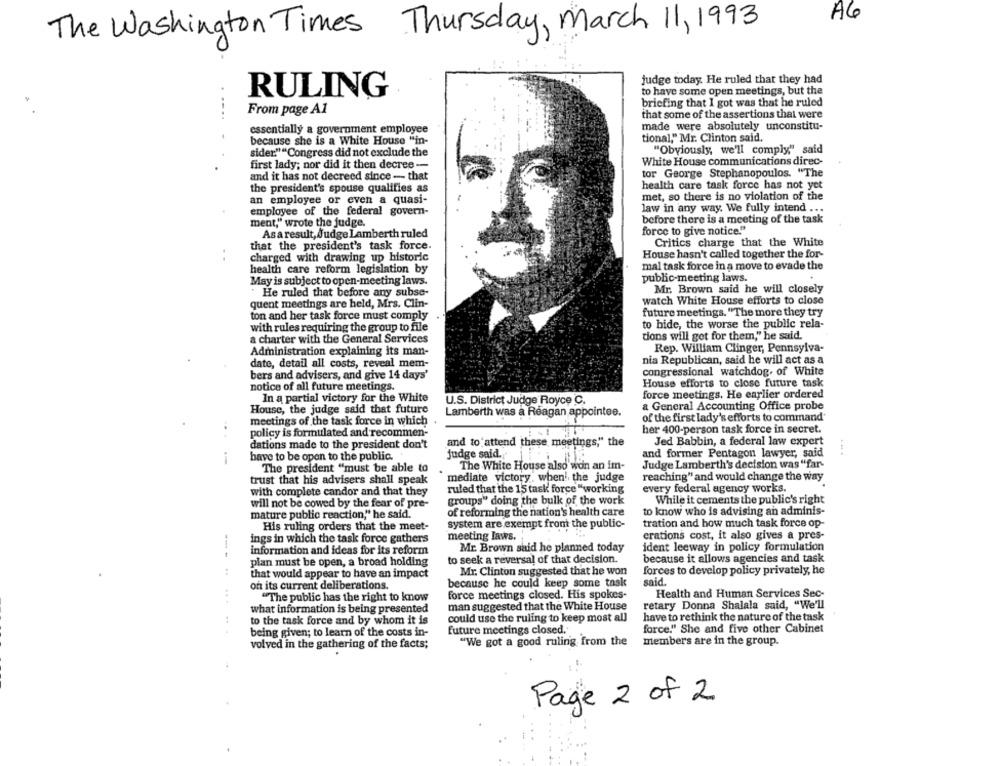
A6
The Washington Times Thursday, March 11, 1993
judge today. He ruled that they had
RULING
to have some open meetings, but the
briefing that I got was that he ruled
--..
From page A1
that some of the assertions that were
essentially a government employee
made were absolutely unconstitu-
tional," Mr. Clinton said.
because she is a White House "in-
sider.""Congress did not exclude the
"Obviously, we'll comply" said
White House communications direc-
first lady; nor did it then decree-
and it has not decreed since -- that
tor George Stephanopoulos. "The
health care task force has not yet
the president's spouse qualifies as
an employee or even a quasi-
met, so there is no violation of the
law in any way. We fully intend ...
employee of the federal govern-
ment," wrote the judge.
before there is a meeting of the task
force to give notice."
As aresult, Judge Lamberth ruled
that the president's task force.
Critics charge that the White
House hasn't called together the for-
charged with drawing up historic
health care reform legislation by
mal task force in a move to evade the
May is subject to open-meeting laws.
public-meeting laws.
Mr. Brown said he will closely
He ruled that before any subse-
quent meetings are held, Mrs. Clin-
watch White House efforts to close
future meetings. "The more they try
ton and her task force must comply
with rules requiring the group to file
to hide, the worse the public rela-
tions will get for them," he said.
a charter with the General Services
Administration explaining its man-
Rep. William Clinger, Pennsylva-
nia Republican, said he will act as a
date, detail all costs, reveal mem-
bers and advisers, and give 14 days'
congressional watchdog. of White
House efforts to close future task
notice of all future meetings.
In a partial victory for the White
force meetings. He earlier ordered
U.S. District Judge Royce C.
a General Accounting Office probe
House, the judge said that future
Lamberth was a Reagan appointee.
meetings of the task force in which
of the first lady's efforts to command"
her 400-person task force in secret.
policy is formulated and recommen-
dations made to the president don't
and to attend these meetings," the
Jed Babbin, a federal law expert
judge said."
and former Pentagon lawyer, said
have to be open to the public.
The president "must be able to
The White House also won an im-
Judge Lamberth's decision was "far-
trust that his advisers shall speak
mediate victory. when! the judge
reaching" and would change the way
with complete candor and that they
ruled that the 15 task force "working
every federal agency works.
will not be cowed by the fear of pre-
groups" doing the bulk of the work
While it cements the public's right
mature public reaction," he said.
of reforming the nation's health care
to know who is advising an adminis-
His ruling orders that the meet-
system are exempt from the public-
tration and how much task force op-
meeting laws.
erations cost, it also gives a pres-
ings in which the task force gathers
information and ideas for its reform
Mr. Brown said he planned today
ident leeway in policy formulation
to seek a reversal of that decision.
because it allows agencies and task
plan must be open, a broad holding
that would appear to have an impact
Mr. Clinton suggested that he won
forces to develop policy privately, he
because he could keep some task
said.
on its current deliberations.
"The public has the right to know
force meetings closed. His spokes-
Health and Human Services Sec-
...
man suggested that the White House
retary Donna Shalala said, "We'll
what information is being presented
to the task force and by whom it is
could use the ruling to keep most all
have to rethink the nature of the task
force." She and five other Cabinet
being given; to learn of the costs in-
future meetings closed.'
volved in the gathering of the facts;
"We got a good ruling from the
members are in the group.
Page 2 of 2